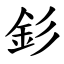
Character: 釤